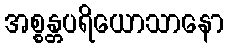
အစ္စန္တပရိယောသာနော